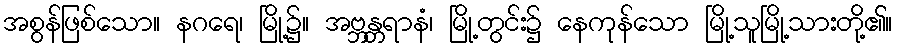
အစွန်ဖြစ်သော။ နဂရေ၊ မြို့၌။ အဗ္ဘန္တရာနံ၊ မြို့တွင်း၌ နေကုန်သော မြို့သူမြို့သားတို့၏။